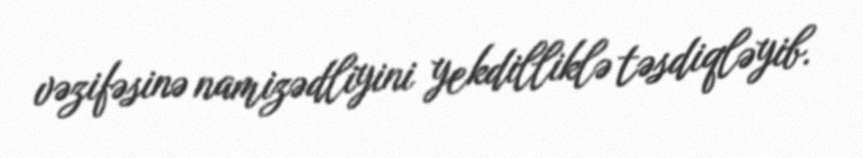
vəzifəsinə namizədliyini yekdilliklə təsdiqləyib.